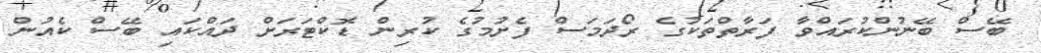
ބޭސް ބޭނުންކުރައްވާ ފަރާތްތަކުގެ ރޯދަމަސް ފެށުމުގެ ކުރިން ޑޮކްޓަރަށް ދައްކައި ބޭސް ކެއުން